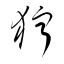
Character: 獰